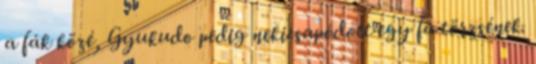
a fák közé, Gyukudo pedig nekicsapódott egy fa törzsének.